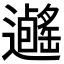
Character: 𨙃